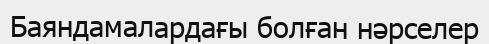
Баяндамалардағы болған нәрселер